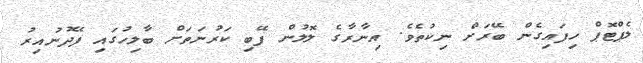
ލެޕްޓޮޕް ހިފައިގެން ބޭރަށް ނިކުތެވެ. އިނާރާގެ ލޮލުން ފޭބި ކަރުނަތަށް ބާލިހުގައި ފޭދުނުއިރު